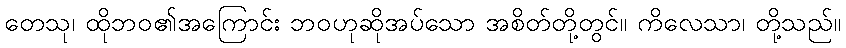
တေသု၊ ထိုဘဝ၏အကြောင်း ဘဝဟုဆိုအပ်သော အစိတ်တို့တွင်။ ကိလေသာ၊ တို့သည်။